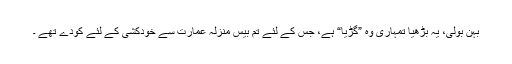
بہن بولی، یہ بڑھیا تمہاری وہ ”گڑیا“ ہے، جس کے لئے تم بیس منزلہ عمارت سے خودکشی کے لئے کودے تھے ۔